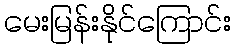
မေးမြန်းနိုင်ကြောင်း